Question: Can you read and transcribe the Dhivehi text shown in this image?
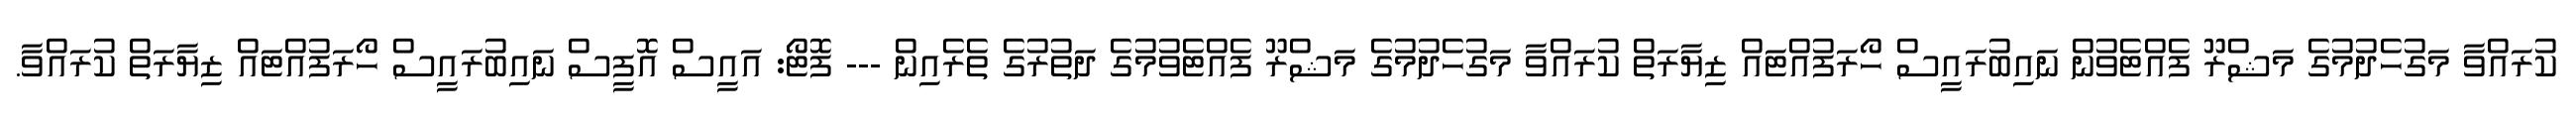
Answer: ކުރައްވާ މަގުހެދުމުގެ މަޝްރޫ ފެއްޓެވުން ނައިބުރައީސް ހޯރަފުއްޓައް ޒިޔާރަތް ކުރައްވާ މަގުހެދުމުގެ މަޝްރޫ ފެއްޓެވުމުގެ ދަތުރުގެ ތެރެއިން --- ފޮޓޯ: އައީސް އޮފީސް ނައިބުރައީސް ހޯރަފުއްޓައް ޒިޔާރަތް ކުރައްވާ.